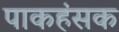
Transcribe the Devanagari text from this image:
पाकहंसक